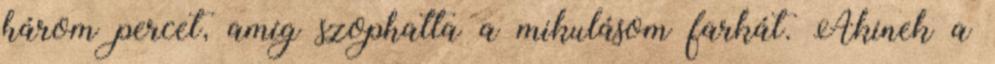
három percet, amíg szophatta a mikulásom farkát. Akinek a